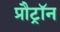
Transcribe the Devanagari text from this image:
प्रौट्रॉन